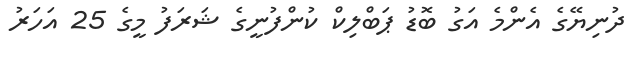
ދުނިޔޭގެ އެންމެ އަގު ބޮޑު ޕަބްލިކް ކުންފުނީގެ ޝަރަފު މީގެ 25 އަހަރު